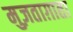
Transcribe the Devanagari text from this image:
मुज़ताग़ाता